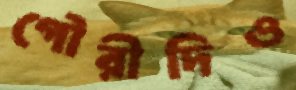
গৌরীদিও